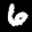
Label: 6